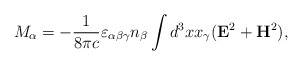
\begin{align*}M_{\alpha}=-{1\over8\pi c}\varepsilon_{\alpha\beta\gamma}n_{\beta}\int{d^{3}xx_{\gamma}({\bf E}^{2}+{\bf H}^{2})},\end{align*}